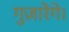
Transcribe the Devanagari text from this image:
गुज़ारेंगे।